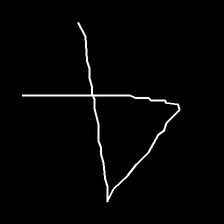
Glyph: collection